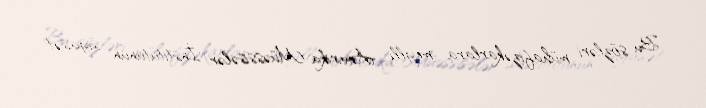
Bu sözləri mühafizəkarlara meylli Amerika Müəssisələr İnstitutunun siyasət